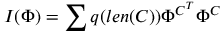
I ( \Phi ) = \sum q ( l e n ( C ) ) \Phi ^ { C ^ { T } } \Phi ^ { C }